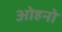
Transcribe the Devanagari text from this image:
ओहनो